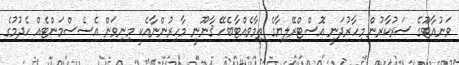
ވަނުއާޓޫގެ ސަރުކާރުން މިހާރުދަނީ އޮސްޓްރޭލިޔާގެ ތިމާވެއްޓާބެހޭ ޤާނޫނީ މާހިރުންނާއެކީ މިނިވަން އެސެސްމަންޓެއް ހެދުމުގެ